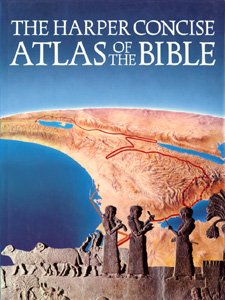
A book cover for The Harper Concise Atlas of the Bible; Christian Books & Bibles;